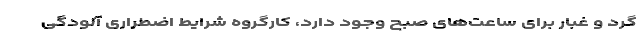
گرد و غبار برای ساعت‌های صبح وجود دارد، کارگروه شرایط اضطراری آلودگی